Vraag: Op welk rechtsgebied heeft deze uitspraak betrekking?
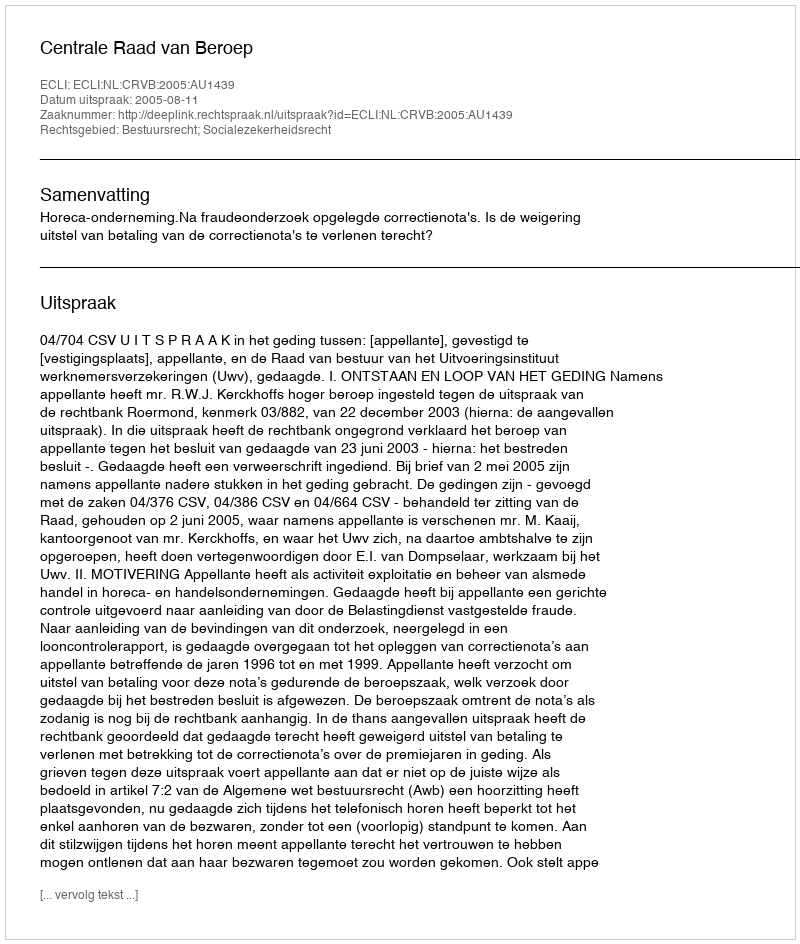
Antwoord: Bestuursrecht; Socialezekerheidsrecht